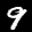
Label: 9